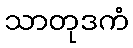
သာတုဒကံ